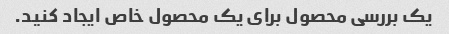
یک بررسی محصول برای یک محصول خاص ایجاد کنید.